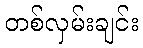
တစ်လှမ်းချင်း